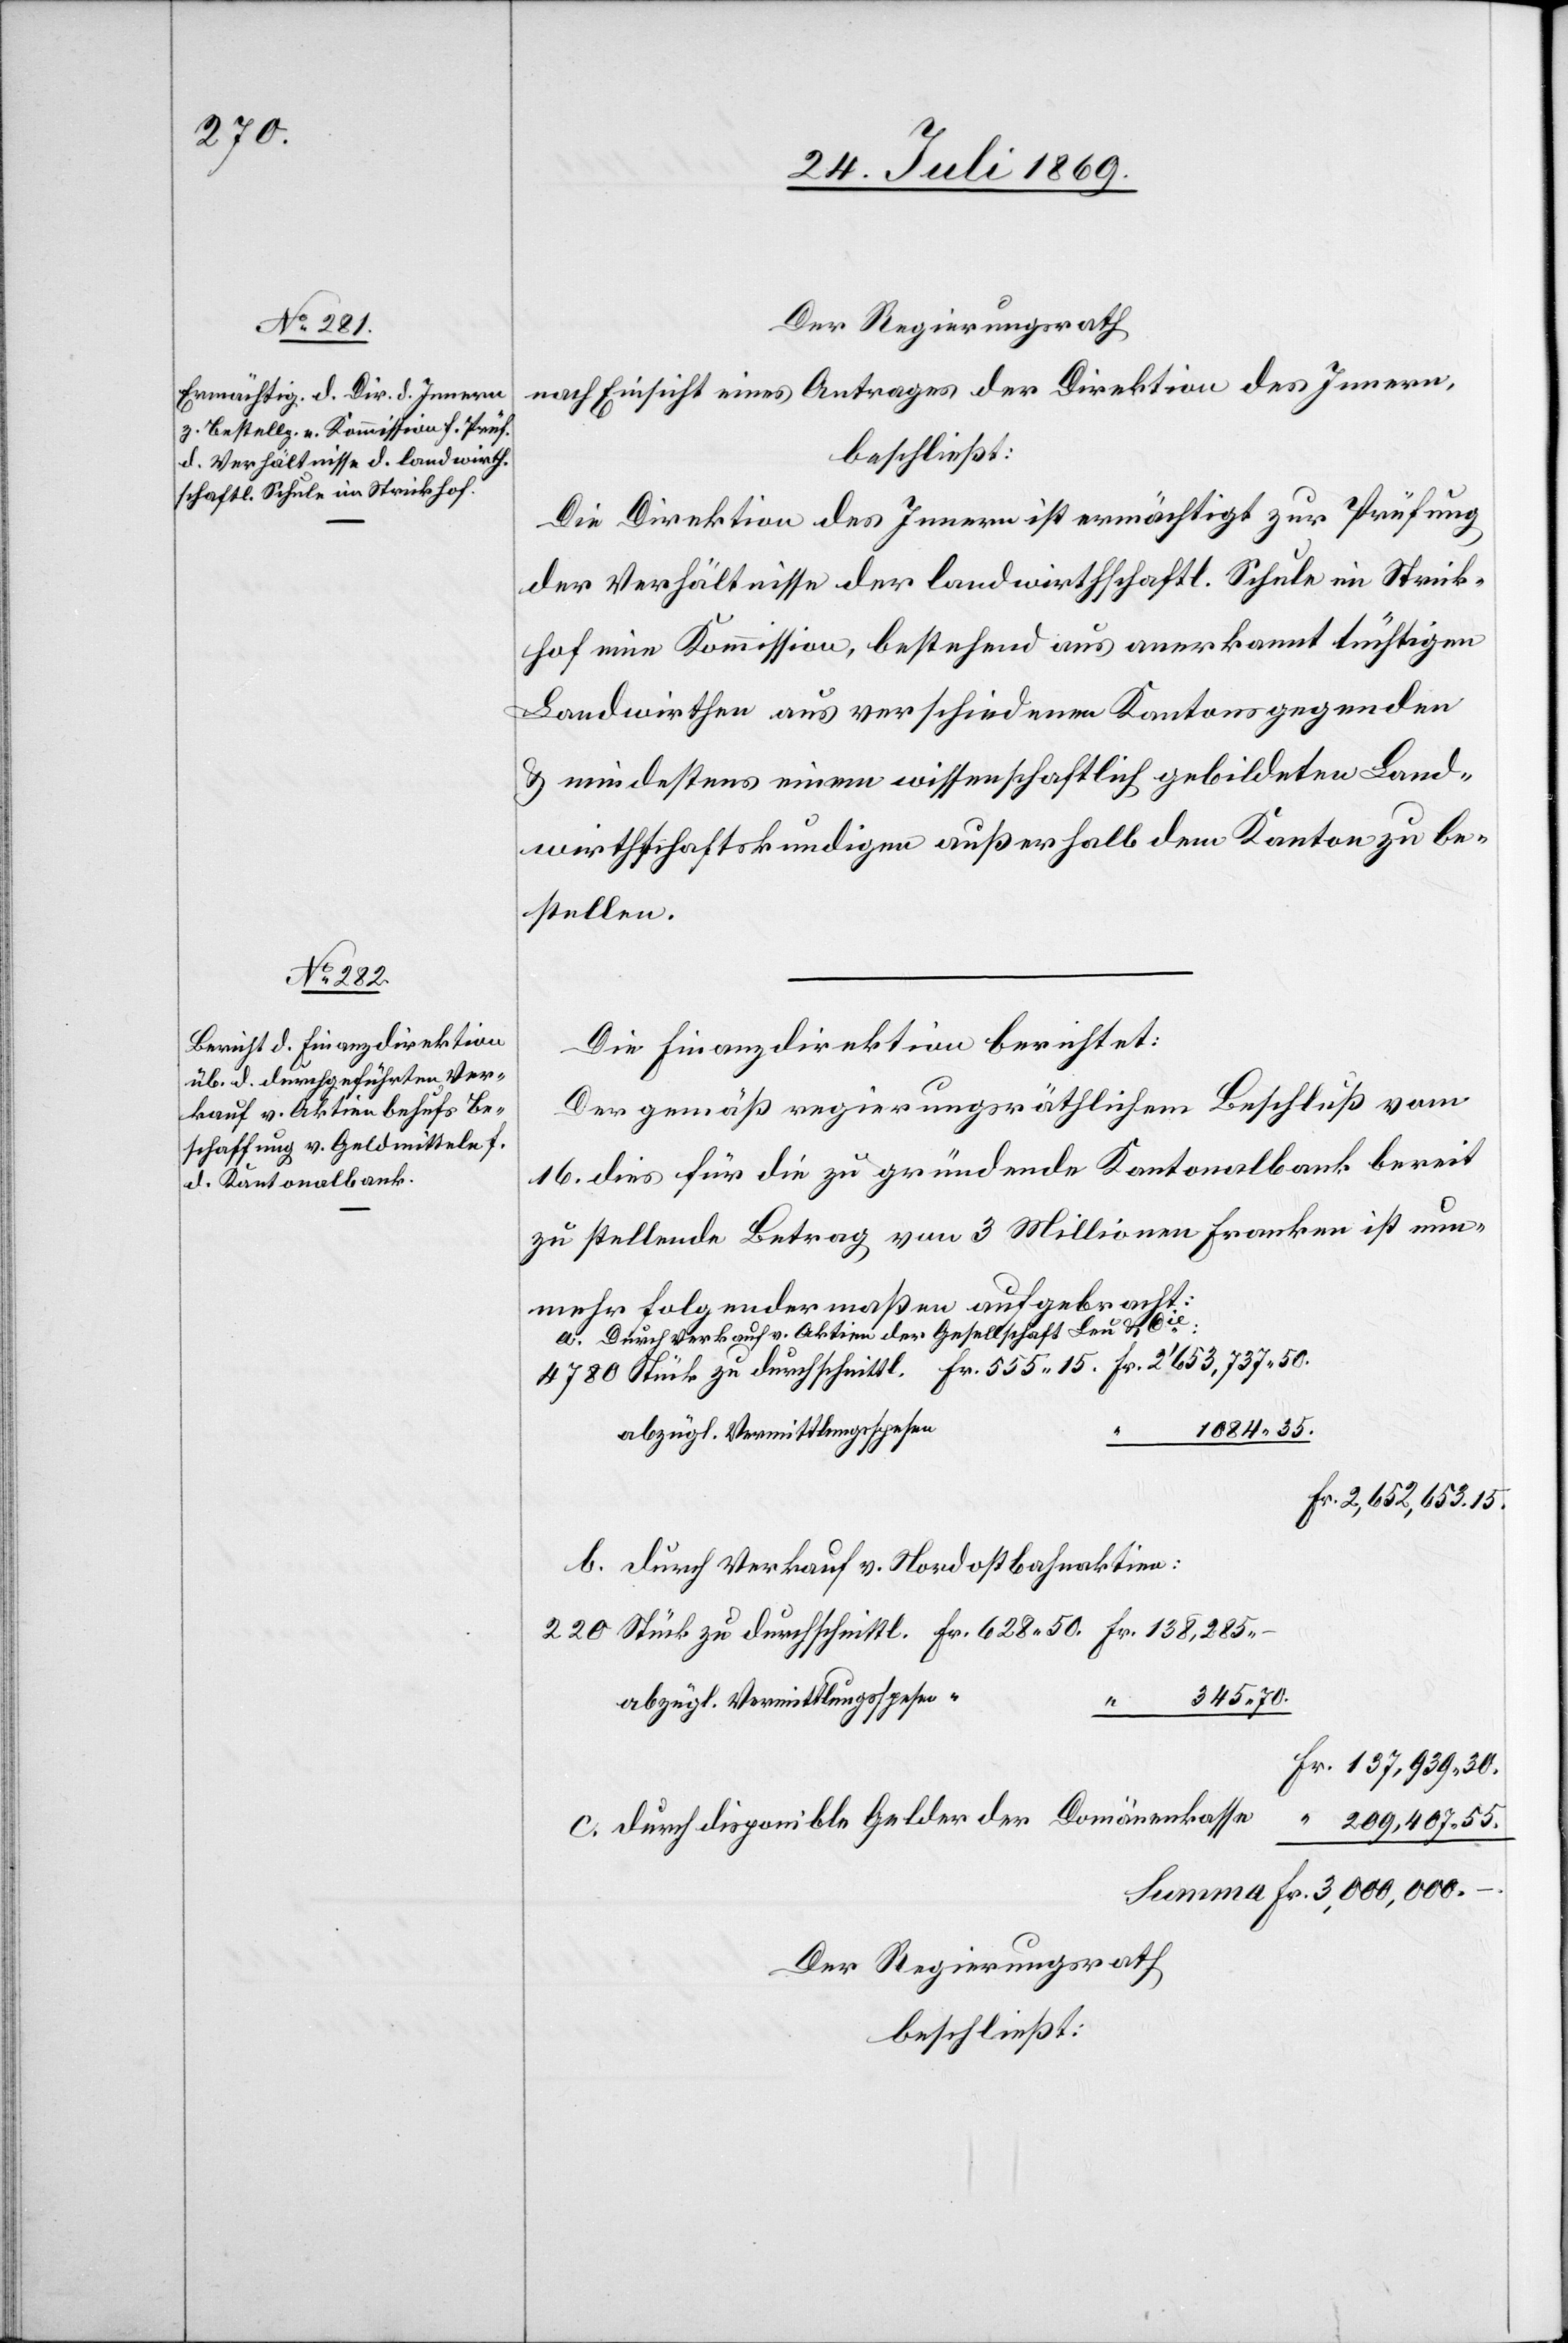
a					F¬

Der Regierungsrath
nach Einsicht eines Antrages der Direktion des Innern,
beschließt:
Die Direktion des Innern ist ermächtigt zur Prüfung
der Verhältnisse der landwirthschaftl. Schule im Strick¬
hof eine Kommission, bestehend aus anerkannt tüchtigen
Landwirthen aus verschiedenen Kantonsgegenden
u. mindestens einem wissenschaftlich gebildeten Land¬
wirthschaftskundigen außerhalb den Kanton zu be¬
stellen.
Die Finanzdirektion berichtet:
Der gemäß regierungsräthlichem Beschluß vom
15 dies für die zu gründende Kantonalbank bereit
zu stellende Betrag von 3 Millionen Franken ist nun¬
mehr folgendermaßen aufgebracht:
a. Durch Verkauf v. Aktien der Gesellschaft Leu u. Cie:
4780 Stück zu durchschnittl. Fr. 555.15 	Fr. 2'653,737.50
Fr. 2,652,653.15
b. durch Verkauf v. Nordostbahnaktien:
220 Stück zu durchschnittl. Fr. 628.50	Fr. 138,285.
abzügl. Vermittlungsspese¬
n	“		345.70
Fr. 137,939.30
c. durch disponible Gelder der Domänenkass¬
r. 209,407.55
Summa Fr. 3,000,000.
Der Regierungsrath
beschließt: